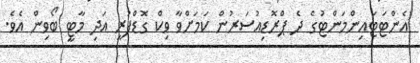
އެންޓަޓައިންމަންޓުގެ ދެ ޕްރޮޑިއުސަރުން ކަމަށްވާ ވިކް ގޮޑްފުރީ އަދި މާޓީ ބޯވިން އެވެ.